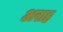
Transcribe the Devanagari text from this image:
अराह